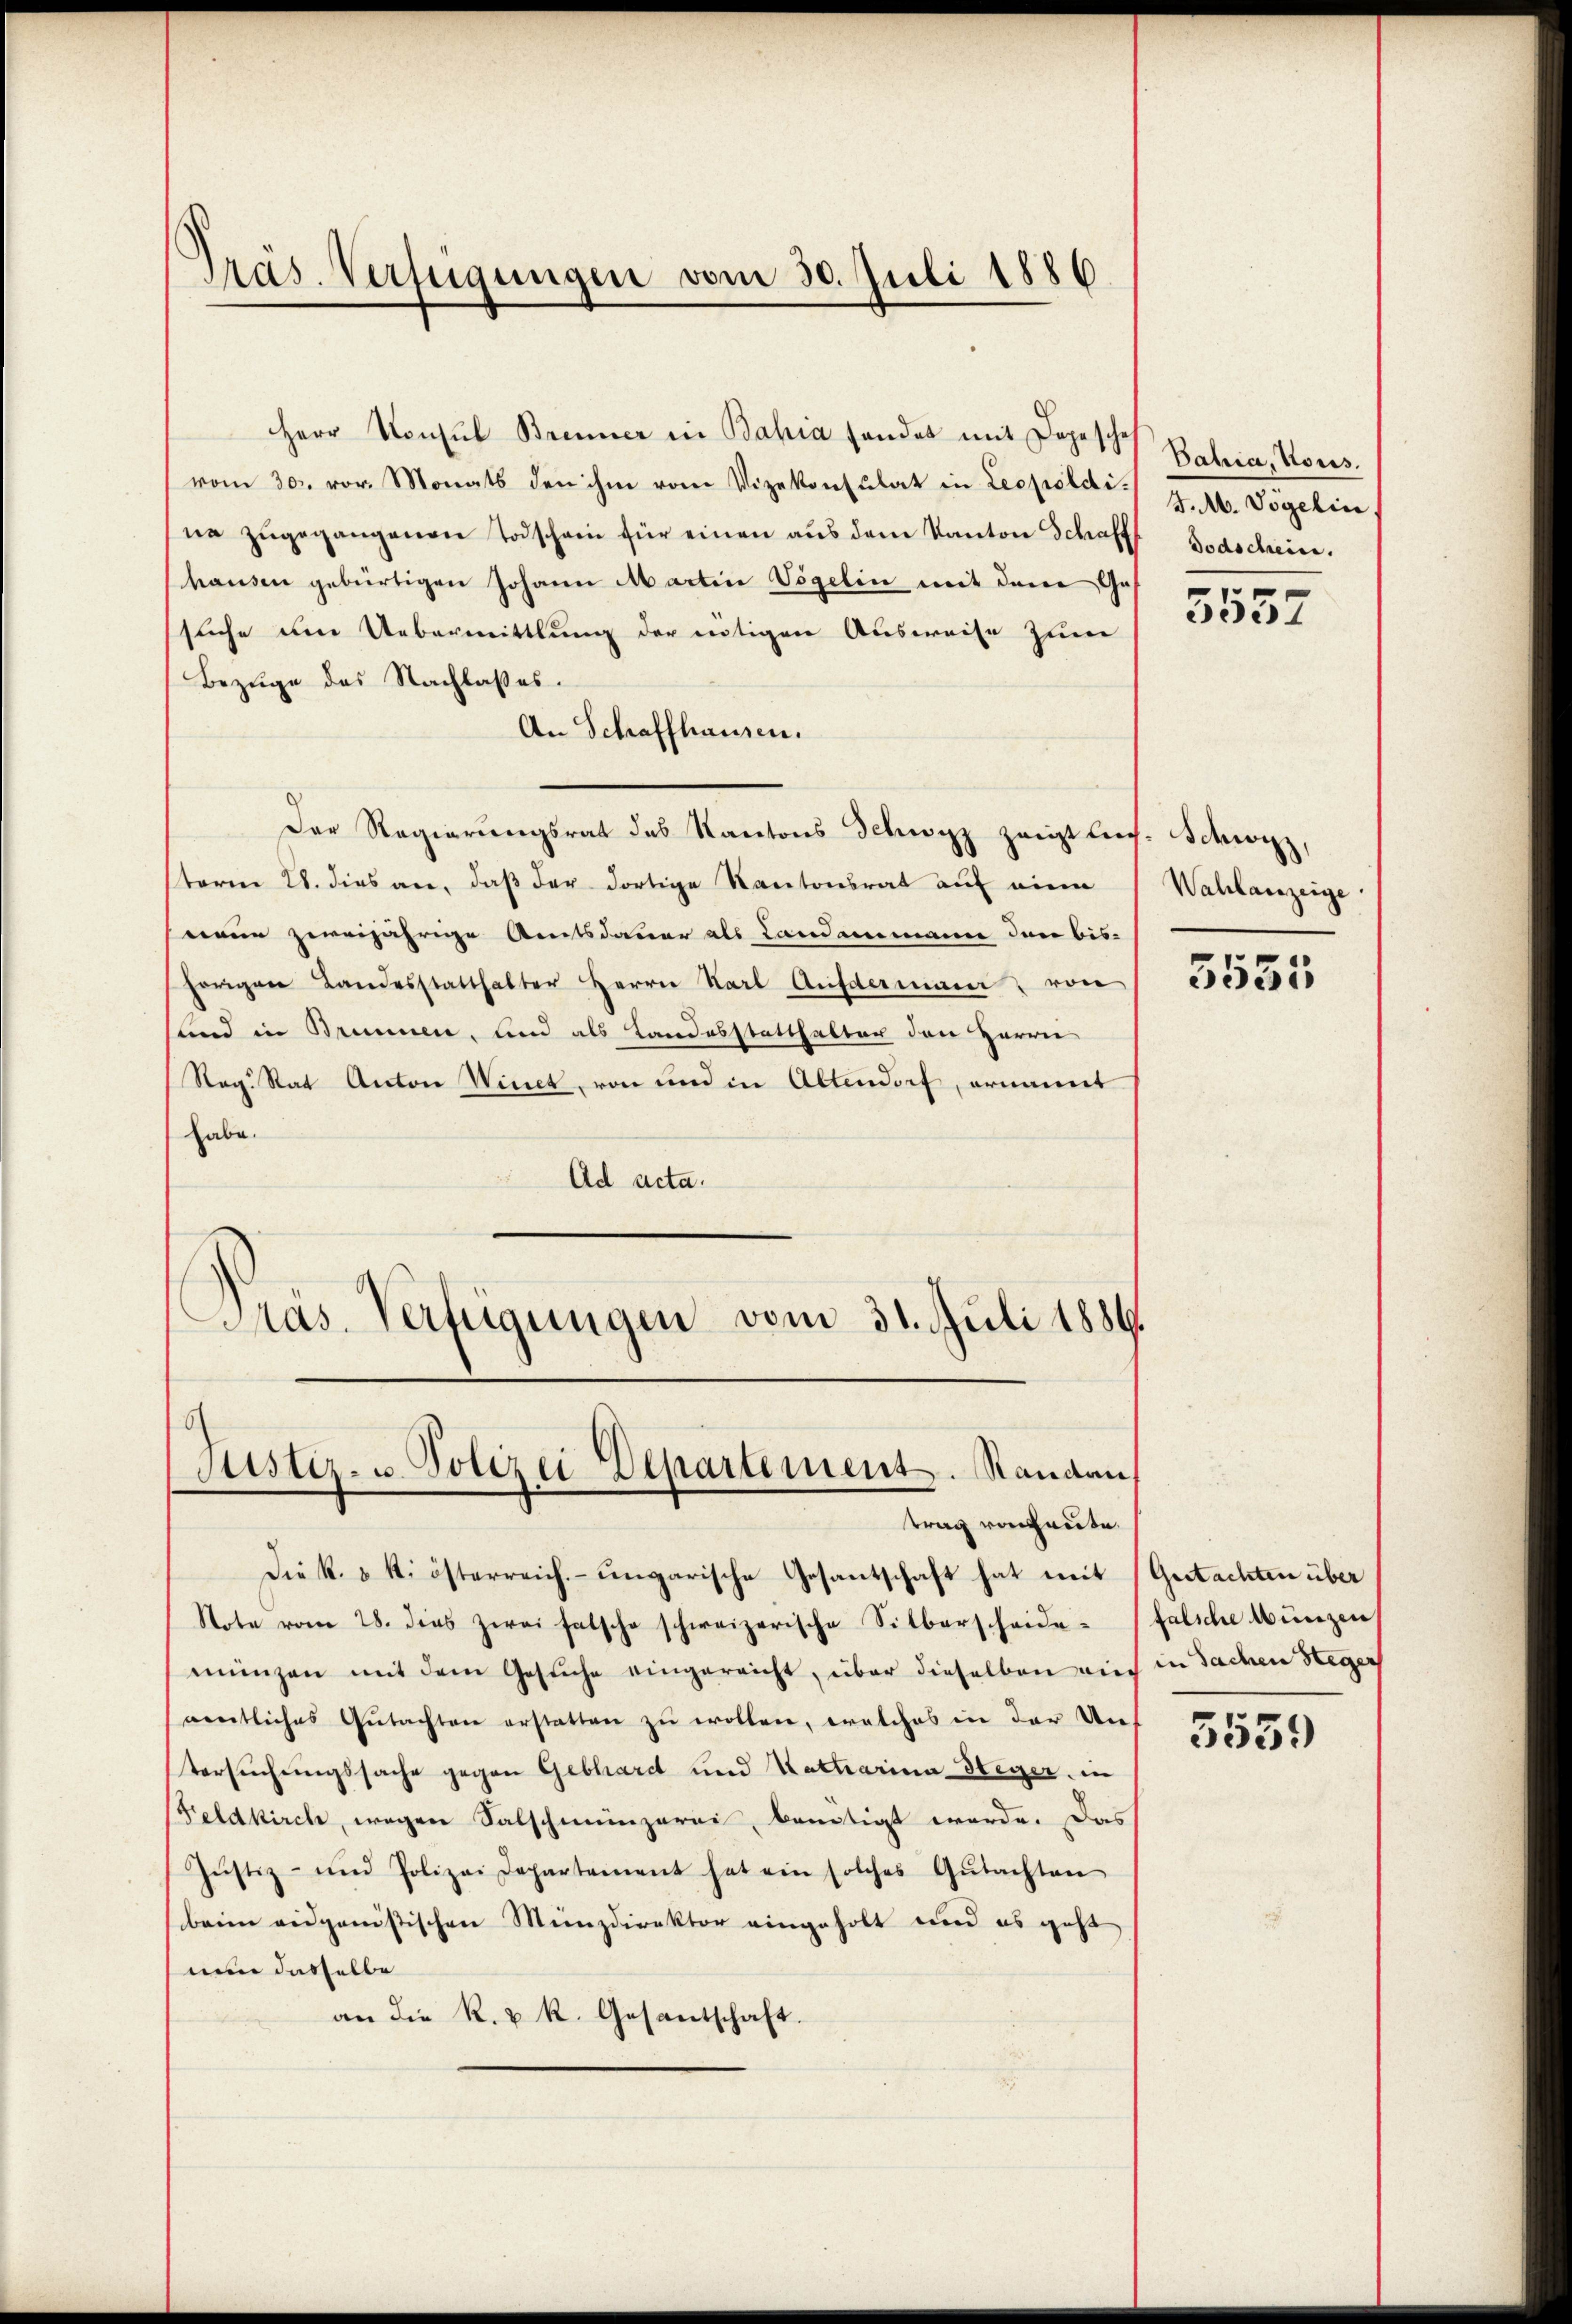
Präs. Verfügungen vom 30. Juli 1886.

Herr Konsul Brenner in Bahia fander mit Dopesche Bahia, Kons.
vom 30. vor. Monats den ihm vom Vizekonsulat in Leopoldi J. A. Vögelie
ne zŭgegangenen Todschein für einen aus dem Kanton Schafft Todschein.
hausen gebürtigen Johann Martin Vögelin mit dem Ges
suche um Uebermittlung der nötigen Ausweise zum
Bezuge des Nachlasses.
An Schaffhausen.
Der Regierungsrat des Kantons Schwyz zeigtlich-Schwyz,
sterm 28. dies an, daß der dortige Kantonsrat auf eine
weine zweijährige Amtsdauer als Landammanne der bis-
hörigen Landesstatthalter Herrn Karl Aufdermaier von
sund in Brennen, und als Landesstatthalter den Herrn
Reg. Rat Anton Winet, von und in Altendorf, ernannt
habe.
Ad acta.
Präs. Verfügungen vom 31. Juli 1886.

Justiz- u. Polizei Departement. Randen
trag von heute.

Die k. k. österreich. ungarische Gesantschaft hat mit Gutachten über
Note vom 28. dies zwei falsche schweizerische Silberscheide falsche Münzen
münzen mit dem Gesuche eingereicht, über dieselben auch in Sachen Steger
nentliches Gutachten erstatten zu wollen, welches in der Untersuchungssache gegen Gebhard und Katharina Heger, in
Feldkirch, wegen Salschmünzerei, kanntigt werde. Das
Jŭstiz- und Polizei Departement hat ein solches Gŭtachten
beim eidganistischen Menzdirektor eingeholt und es geht
nun dasselbe
an die R. u. k. Gesantschaft.

.
3057

Wahlanzeige.

.
3031

5559